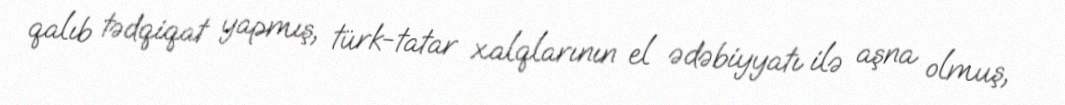
qalıb tədqiqat yapmış, türk-tatar xalqlarının el ədəbiyyatı ilə aşna olmuş,